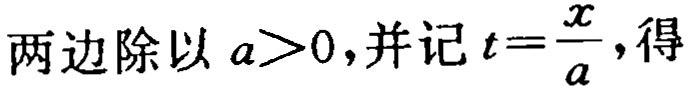
两边除以 \(a>0\)，并记 \(t = \frac{x}{a}\)，得